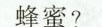
蜂蜜?